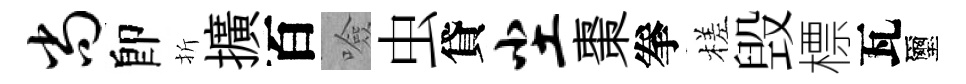
尚卽折擴百噞虫貸尘棗拳槎毁標瓦璽